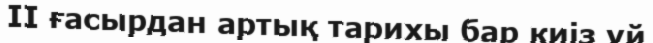
II ғасырдан артық тарихы бар киіз үй